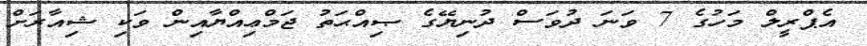
އެޕްރީލް މަހުގެ 7 ވަނަ ދުވަސް ދުނިޔޭގެ ޞިއްޙަތު ޖަމްޢިއްޔާއިން ވަކި ޝިއާރަށް